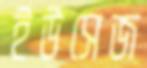
ইউসেজ